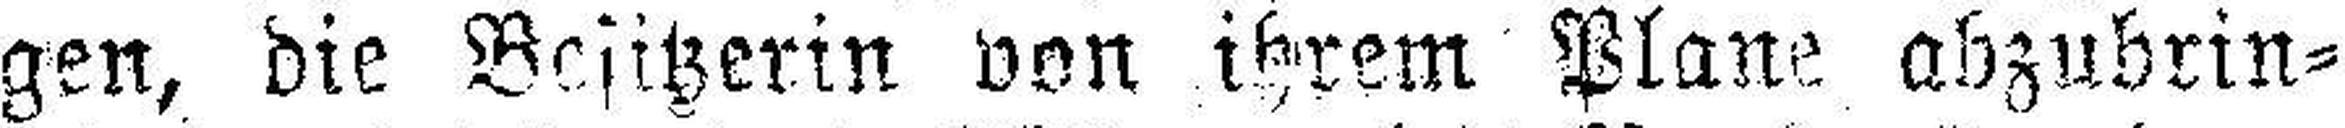
gen, die Besitzerin von ihrem Plane abzubrin¬